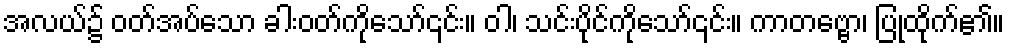
အလယ်၌ ဝတ်အပ်သော ခါးဝတ်ကိုသော်၎င်း။ ဝါ၊ သင်းပိုင်ကိုသော်၎င်း။ ကာတဗ္ဗော၊ ပြုထိုက်၏။